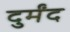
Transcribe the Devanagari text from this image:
दुर्मंद